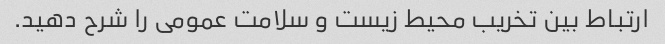
ارتباط بین تخریب محیط زیست و سلامت عمومی را شرح دهید.